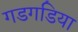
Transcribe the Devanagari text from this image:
गडगडिया